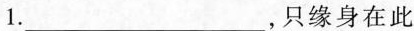
1.___，只缘身在此